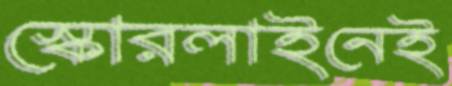
স্কোরলাইনেই